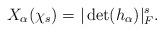
LaTeX: \begin{align*} X_\alpha(\chi_s)=|\det(h_\alpha)|_F^s. \end{align*}